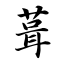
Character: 葺